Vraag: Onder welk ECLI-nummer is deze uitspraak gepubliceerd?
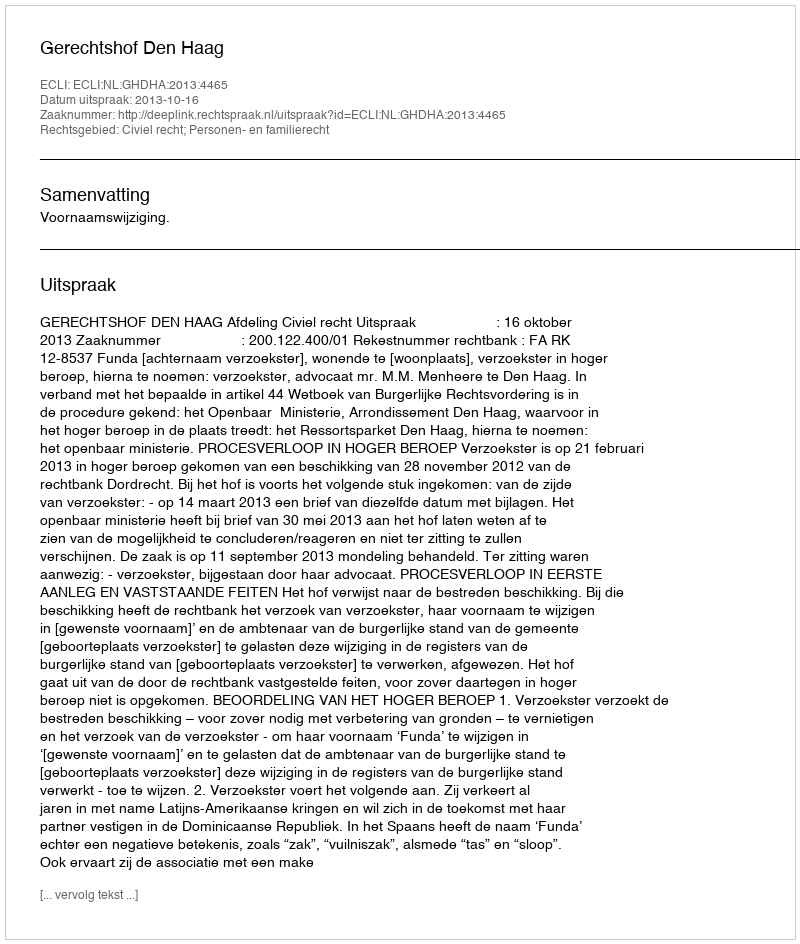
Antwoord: ECLI:NL:GHDHA:2013:4465